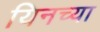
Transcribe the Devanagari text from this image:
यिनच्या